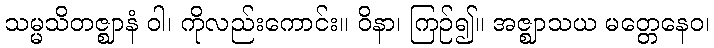
သမ္မသိတဇ္ဈာနံ ဝါ၊ ကိုလည်းကောင်း။ ဝိနာ၊ ကြဉ်၍။ အဇ္ဈာသယ မတ္တေနေဝ၊